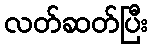
လတ်ဆတ်ပြီး